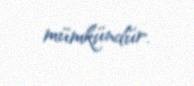
mümkündür.